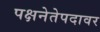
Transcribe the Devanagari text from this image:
पक्षनेतेपदावर